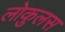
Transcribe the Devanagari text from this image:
लोकुलस